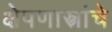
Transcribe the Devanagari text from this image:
क्षेपणास्त्रांचे